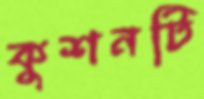
কুশনটি